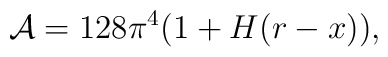
{\cal A}=128 \pi^4 (1+H(r-x)),